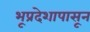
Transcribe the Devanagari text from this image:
भूप्रदेशापासून